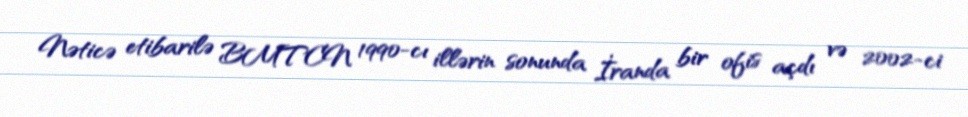
Nəticə etibarilə BMTCN 1990-cı illərin sonunda İranda bir ofis açdı və 2002-ci